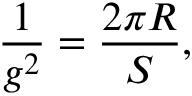
\frac { 1 } { g ^ { 2 } } = \frac { 2 \pi R } { S } ,